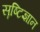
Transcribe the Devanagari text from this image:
सॄष्टिज्ञान